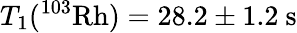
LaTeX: T_{1}(^{103}\mathrm{Rh})=28.2\pm 1.2\mathrm{\ s}